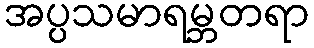
အပ္ပသမာရမ္ဘတရာ